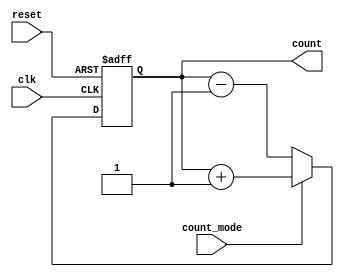
module ChainedParallelCounter (
    input wire clk,           // Clock signal
    input wire reset,         // Asynchronous reset signal
    input wire count_mode,    // Counting mode: 1 for up, 0 for down
    output reg [N-1:0] count  // N-bit counter output
);
    parameter N = 4; // Number of bits in the counter

    always @(posedge clk or posedge reset) begin
        if (reset) begin
            count <= 0; // Reset the counter to 0
        end else begin
            if (count_mode) begin
                // Up count
                count <= count + 1;
            end else begin
                // Down count
                count <= count - 1;
            end
        end
    end
endmodule